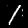
Digit: 1